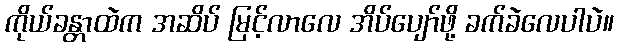
ကိုယ်ခန္တာထဲက အဆိပ် မြင့်လာလေ အိပ်ပျော်ဖို့ ခက်ခဲလေပါပဲ။